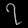
Digit: ၇